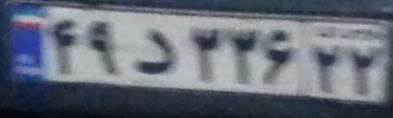
۴۹د۳۳۶۲۲